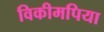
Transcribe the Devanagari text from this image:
विकीमपिया